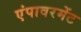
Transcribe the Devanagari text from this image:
एंपावरमेंट